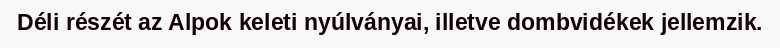
Déli részét az Alpok keleti nyúlványai, illetve dombvidékek jellemzik.